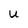
Character: u